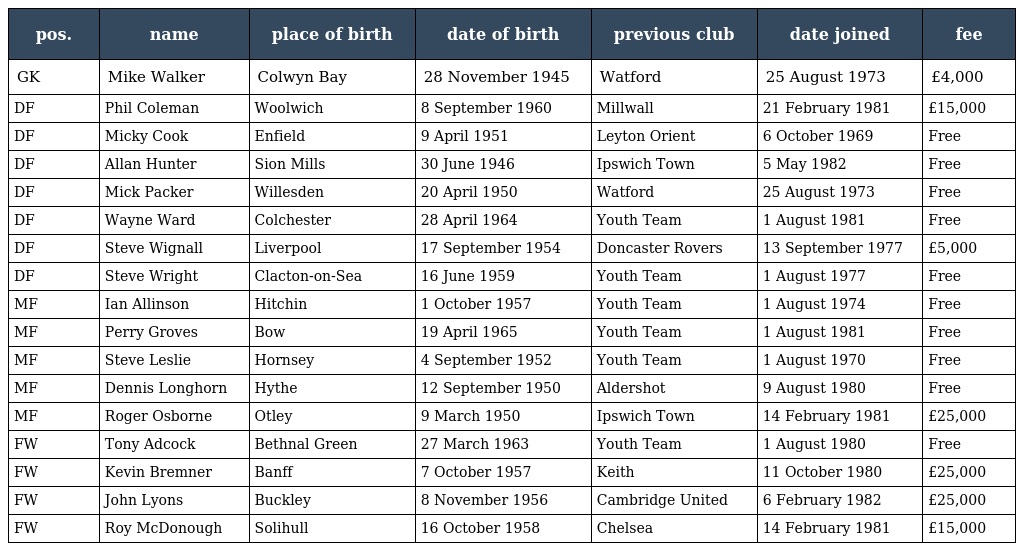
| pos. | name | place of birth | date of birth | previous club | date joined | fee |
 | --- | --- | --- | --- | --- | --- | --- |
 | GK | Mike Walker | Colwyn Bay | 28 November 1945 | Watford | 25 August 1973 | £4,000 |
 | DF | Phil Coleman | Woolwich | 8 September 1960 | Millwall | 21 February 1981 | £15,000 |
 | DF | Micky Cook | Enfield | 9 April 1951 | Leyton Orient | 6 October 1969 | Free |
 | DF | Allan Hunter | Sion Mills | 30 June 1946 | Ipswich Town | 5 May 1982 | Free |
 | DF | Mick Packer | Willesden | 20 April 1950 | Watford | 25 August 1973 | Free |
 | DF | Wayne Ward | Colchester | 28 April 1964 | Youth Team | 1 August 1981 | Free |
 | DF | Steve Wignall | Liverpool | 17 September 1954 | Doncaster Rovers | 13 September 1977 | £5,000 |
 | DF | Steve Wright | Clacton-on-Sea | 16 June 1959 | Youth Team | 1 August 1977 | Free |
 | MF | Ian Allinson | Hitchin | 1 October 1957 | Youth Team | 1 August 1974 | Free |
 | MF | Perry Groves | Bow | 19 April 1965 | Youth Team | 1 August 1981 | Free |
 | MF | Steve Leslie | Hornsey | 4 September 1952 | Youth Team | 1 August 1970 | Free |
 | MF | Dennis Longhorn | Hythe | 12 September 1950 | Aldershot | 9 August 1980 | Free |
 | MF | Roger Osborne | Otley | 9 March 1950 | Ipswich Town | 14 February 1981 | £25,000 |
 | FW | Tony Adcock | Bethnal Green | 27 March 1963 | Youth Team | 1 August 1980 | Free |
 | FW | Kevin Bremner | Banff | 7 October 1957 | Keith | 11 October 1980 | £25,000 |
 | FW | John Lyons | Buckley | 8 November 1956 | Cambridge United | 6 February 1982 | £25,000 |
 | FW | Roy McDonough | Solihull | 16 October 1958 | Chelsea | 14 February 1981 | £15,000 |